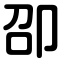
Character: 卲